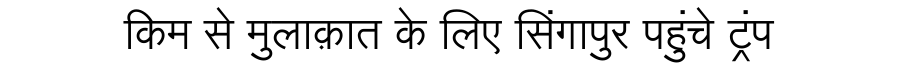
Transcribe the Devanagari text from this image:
किम से मुलाक़ात के लिए सिंगापुर पहुंचे ट्रंप